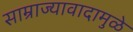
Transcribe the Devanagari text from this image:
साम्राज्यावादामुळे